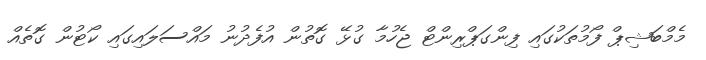
މެމްބަޝިޕް ފޯމުތަކުގައި ފިންގަޕްރިންޓް ޖެހުމާ ގުޅޭ ގޮތުން އުފެދުނު މައްސަލައިގައި ކޯޓުން ގޮތެއް